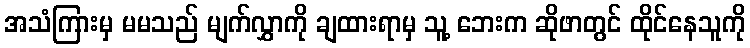
အသံကြားမှ မမသည် မျက်လွှာကို ချထားရာမှ သူ့ ဘေးက ဆိုဖာတွင် ထိုင်နေသူကို